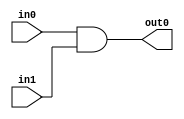
module and_mine(
    input [1:0] in0,
    input [1:0] in1,
    output [1:0] out0
    );
    
    assign out0 = in0 & in1;
endmodule